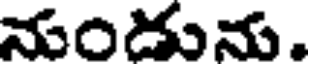
నుండును.